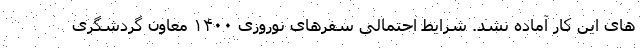
های این کار آماده نشد. شرایط احتمالی سفرهای نوروزی ۱۴۰۰ معاون گردشگری